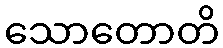
သောတောတိ